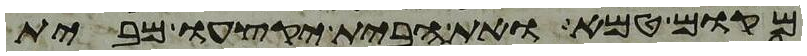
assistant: מקום טמא ואת הבית יקצעו מבית